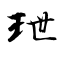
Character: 玴